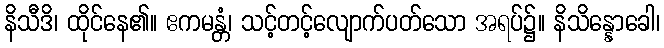
နိသီဒိ၊ ထိုင်နေ၏။ ဧကမန္တံ၊ သင့်တင့်လျောက်ပတ်သော အရပ်၌။ နိသိန္နောခေါ၊